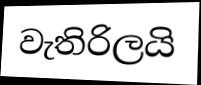
වැතිරිලයි